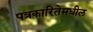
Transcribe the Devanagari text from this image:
पत्रकारितेमधील